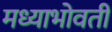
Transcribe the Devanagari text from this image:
मध्याभोवती